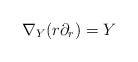
\begin{align*}\nabla_Y (r \partial_r) = Y \end{align*}